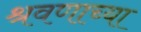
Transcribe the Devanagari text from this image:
श्रवणाच्या